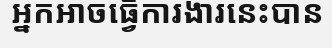
អ្នកអាចធ្វើការងារនេះបាន